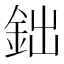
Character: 鈯